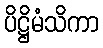
ပိဋ္ဌိမံသိကာ